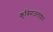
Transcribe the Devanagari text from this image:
कृत्रिमजलाशय